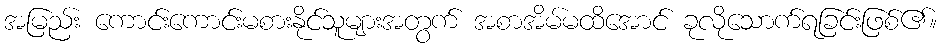
အမြည်း ကောင်းကောင်းမစားနိုင်သူများအတွက် အစာအိမ်မထိအောင် ခုလိုသောက်ရခြင်းဖြစ်၏။